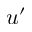
u ^ { \prime }